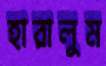
হারালুম